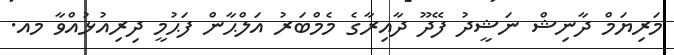
މަރިޔަމް ދާނިޝް ނަޝީދު ފޭދޫ ދާއިރާގެ މެމްބަރު އަލްޙާން ފަޙުމީ ދިރިއުޅުއްވާ މއ.